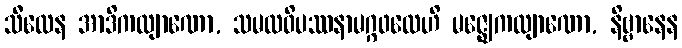
သီလေန အာဒိကလျာဏော, သမထဝိပဿနာမဂ္ဂဖလေဟိ မဇ္ဈေကလျာဏော, နိဗ္ဗာနေန